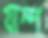
যাম্প